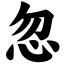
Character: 忽